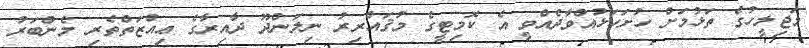
މަޖިލީހުގެ ތަޅުމަށް ހުށަހަޅުއްވާދެއްވީ އެ ކޮމިޓީގެ މުޤައްރިރު ނިލަންދޫ ދާއިރާގެ ޢިއްޒަތްތެރި މެންބަރު